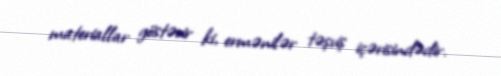
materiallar göstərir ki, ermənilər təşviş içərisindədir.